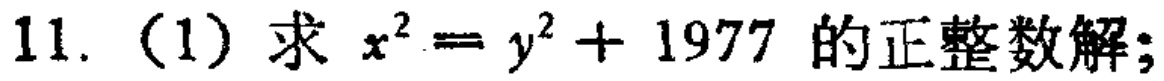
11. (1) 求 \(x^{2}=y^{2}+1977\) 的正整数解;